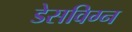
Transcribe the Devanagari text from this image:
डेसविग्न